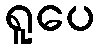
ရူပေ